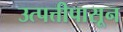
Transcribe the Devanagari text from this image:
उत्पत्तीपासून